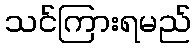
သင်ကြားရမည်